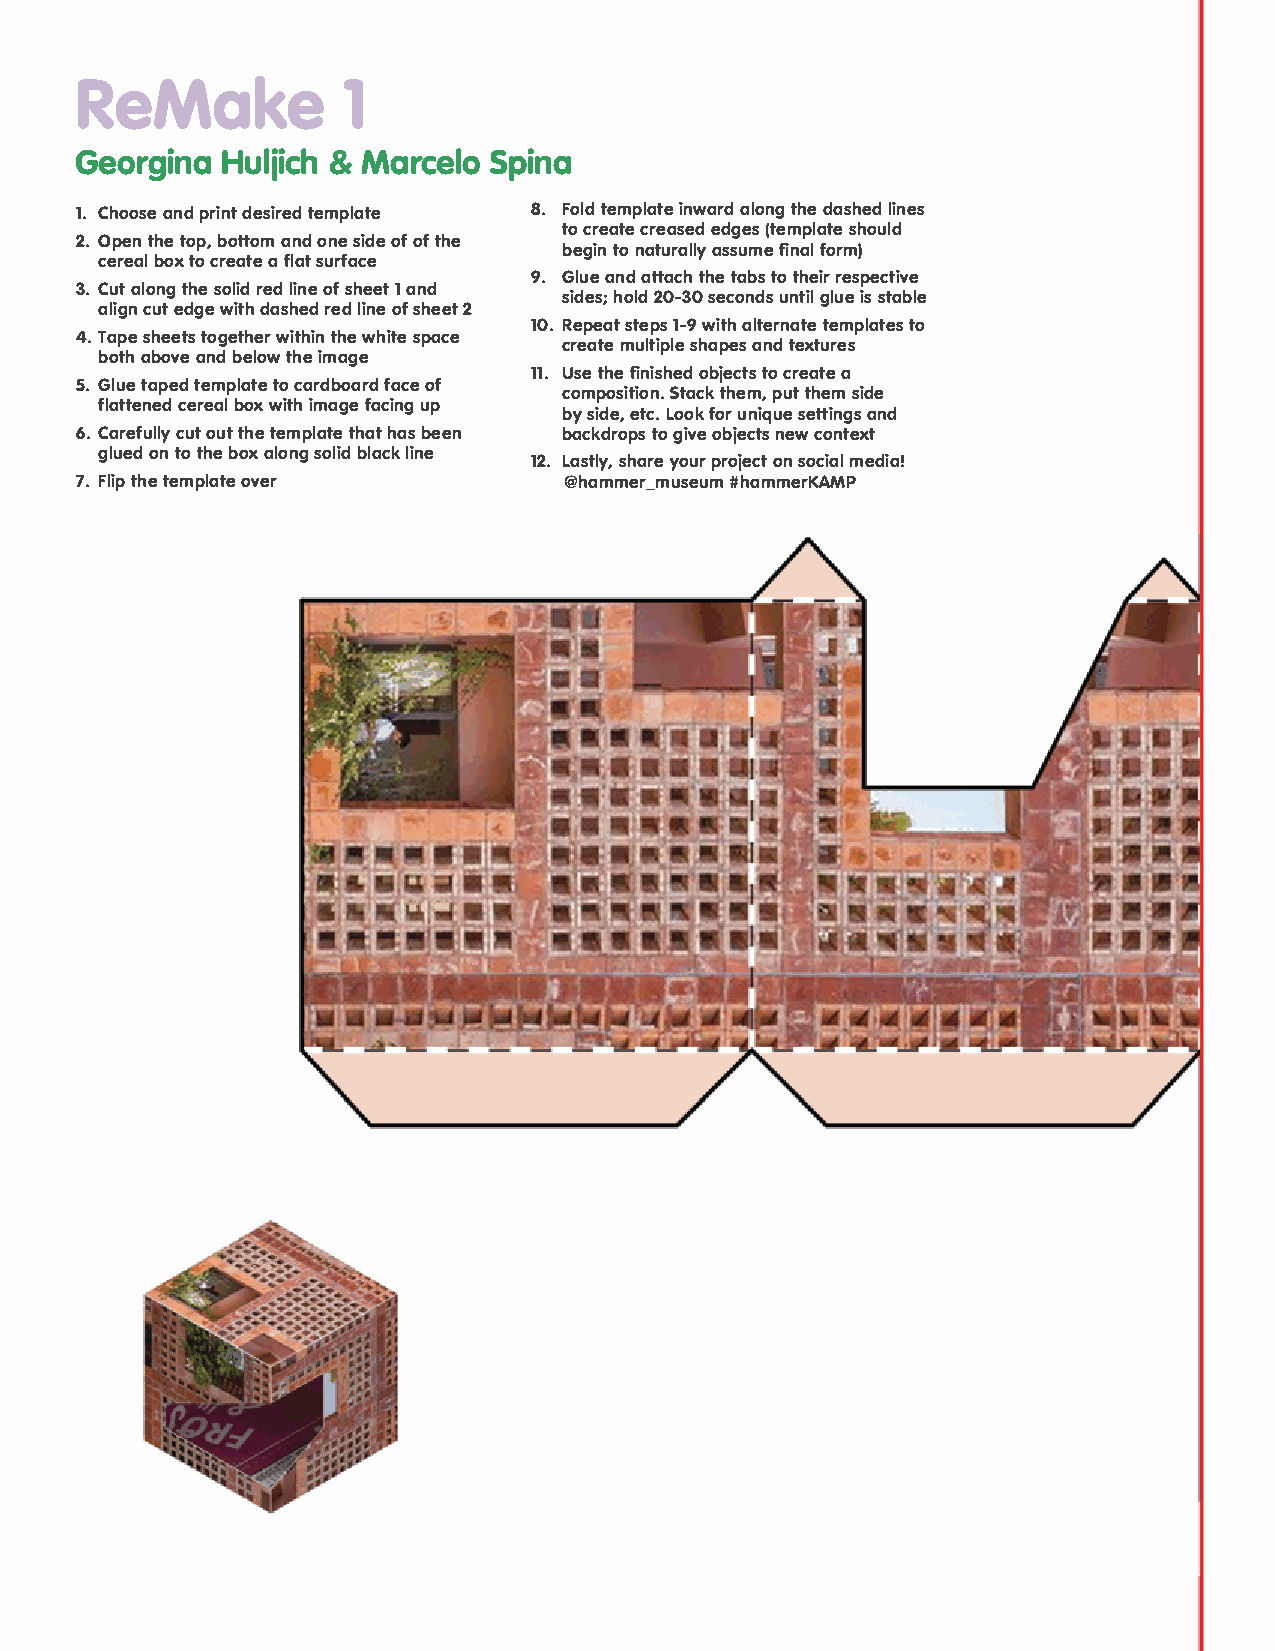
ReMake            1
 Georgina  Huljich & Marcelo Spina
 1. Choose and print desired template 8. Fold template inward along the dashed lines
 to create creased edges (template should
 2. Open the top, bottom and one side of of the
 begin to naturally assume final form)
 cereal box to create a flat surface
 9. Glue and attach the tabs to their respective
 3. Cut along the solid red line of sheet 1 and
 sides; hold 20-30 seconds until glue is stable
 align cut edge with dashed red line of sheet 2
 10. Repeat steps 1-9 with alternate templates to
 4. Tape sheets together within the white space
 create multiple shapes and textures
 both above and below the image
 11. Use the finished objects to create a
 5. Glue taped template to cardboard face of
 composition. Stack them, put them side
 flattened cereal box with image facing up
 by side, etc. Look for unique settings and
 6. Carefully cut out the template that has been backdrops to give objects new context
 glued on to the box along solid black line
 12. Lastly, share your project on social media!
 7. Flip the template over       @hammer_museum #hammerKAMP